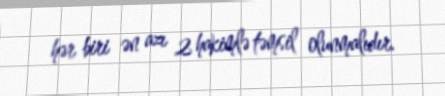
hər biri ən azı 2 hakimlə təmsil olunmalıdır.